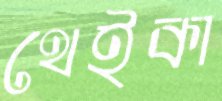
থেইকা